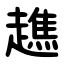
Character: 趭